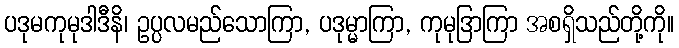
ပဒုမကုမုဒါဒီနိ၊ ဥပ္ပလမည်သောကြာ, ပဒုမ္မာကြာ, ကုမုဒြာကြာ အစရှိသည်တို့ကို။